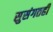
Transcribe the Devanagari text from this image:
सुसंगतही